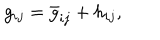
g _ { i j } = \bar { g } _ { i j } + h _ { i j } ,